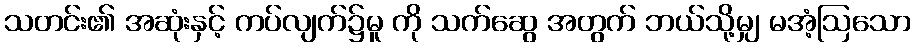
သတင်း၏ အဆုံးနှင့် ကပ်လျက်၌မူ ကို သက်ဆွေ အတွက် ဘယ်သို့မျှ မအံ့ဩသော